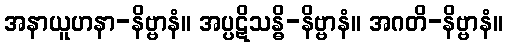
အနာယူဟနာ-နိဗ္ဗာနံ။ အပ္ပဋိသန္ဓိ-နိဗ္ဗာနံ။ အဂတိ-နိဗ္ဗာနံ။